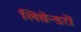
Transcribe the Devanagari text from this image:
लिसेन्डरों